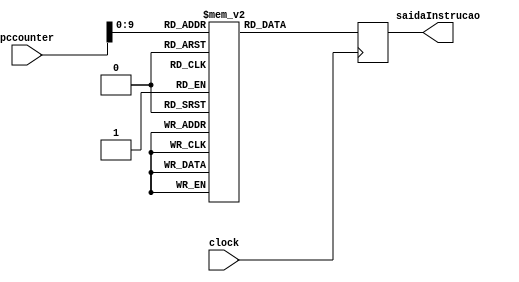
module memoryinstruction(
    clock,
    pccounter,
    saidaInstrucao
);

    input clock;
    input [15:0] pccounter;
    output reg [15:0] saidaInstrucao;

    reg [15:0] armazenarinstrucoes [512:0];

    initial begin
        armazenarinstrucoes[0] <= 16'b0000000000000000;
        armazenarinstrucoes[1] <= 16'b0000000000100111;  // MFI 7
        armazenarinstrucoes[2] <= 16'b0000000000000010;  // SUM $s0
        armazenarinstrucoes[3] <= 16'b000000001001000;  // MB $s1
        armazenarinstrucoes[4] <= 16'b0000000000101110;  // MFI 14
        armazenarinstrucoes[5] <= 16'b0000000000010010;  // SUM $t0
        armazenarinstrucoes[6] <= 16'b0000000011010000;  // MB $t0
        armazenarinstrucoes[7] <= 16'b0000000000101000;  // MFI 8
        armazenarinstrucoes[8] <= 16'b0000000000001001;  // OR $s1
        armazenarinstrucoes[9] <= 16'b0000000011011000;  // MB $t1
        armazenarinstrucoes[10] <= 16'b0000000000100000; // MFI 0
        armazenarinstrucoes[11] <= 16'b0000000000000010; // SUM $s0
        armazenarinstrucoes[12] <= 16'b0000000001010000; // MW $t0
        armazenarinstrucoes[13] <= 16'b0000000001100000; // MR $s0
        armazenarinstrucoes[14] <= 16'b0000000000100010; // MFI 2
        armazenarinstrucoes[15] <= 16'b0000000000011001; // OR $t1
        armazenarinstrucoes[16] <= 16'b0000000000011000; // MB $s1
        armazenarinstrucoes[17] <= 16'b0000000000100110; // MFI 6
        armazenarinstrucoes[18] <= 16'b0000000000011000; // AND $s1
        armazenarinstrucoes[19] <= 16'b0000000011010000; // MB $t0
        armazenarinstrucoes[20] <= 16'b0000000000000000; //
        armazenarinstrucoes[21] <= 16'b0000000000000000; //
        armazenarinstrucoes[22] <= 16'b0000000000000000; //
        armazenarinstrucoes[23] <= 16'b0000000000000000; //

    end

    always @(posedge clock)begin
        saidaInstrucao = armazenarinstrucoes[pccounter];
    end
 
endmodule